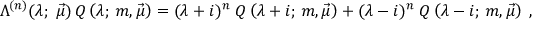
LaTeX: \Lambda ^ { ( n ) } ( \lambda ; \; \vec { \mu } ) \, Q \left( \lambda ; \, m , \vec { \mu } \right) = ( \lambda + i ) ^ { n } \; Q \left( \lambda + i ; \, m , \vec { \mu } \right) + ( \lambda - i ) ^ { n } \; Q \left( \lambda - i ; \, m , \vec { \mu } \right) \; ,